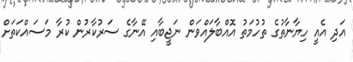
އަދި އެއީ ހިޔާނާތުގެ ތުހުމަތު އޮއްބާލައްވަން ނަޖީބާއި އޭނާގެ ސަރުކާރުން ކުރާ މަސައްކަތަށް